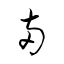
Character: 両